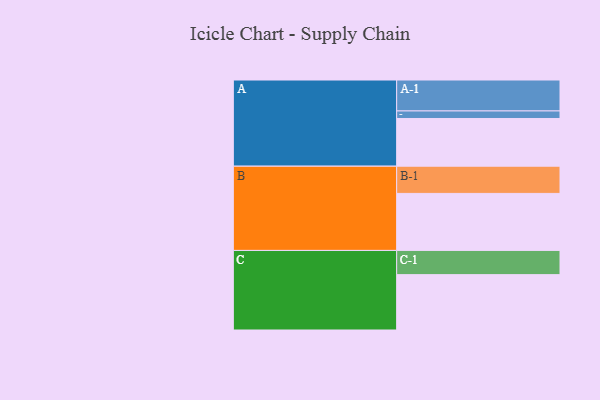
{"axis": {"x": "Segment", "y": "Value"}, "legend": ["", "A", "B", "C"], "data": [{"x": "A", "y": 461, "type": ""}, {"x": "B", "y": 551, "type": ""}, {"x": "C", "y": 535, "type": ""}, {"x": "A-1", "y": 299, "type": "A"}, {"x": "A-2", "y": 73, "type": "A"}, {"x": "B-1", "y": 263, "type": "B"}, {"x": "C-1", "y": 234, "type": "C"}]}